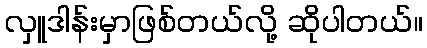
လှူဒါန်းမှာဖြစ်တယ်လို့ ဆိုပါတယ်။